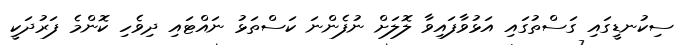
ސިކުނޑީގައި ގަސްތުގައި އަޅުވާފައިވާ ލޮލަށް ނުފެންނަ ކަސްތަޅު ނައްޓައި ދިވެހި ކޮންމެ ފަރުދަކީ